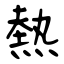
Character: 熱